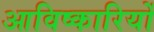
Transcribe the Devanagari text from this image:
आविष्कारियों